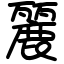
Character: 麗